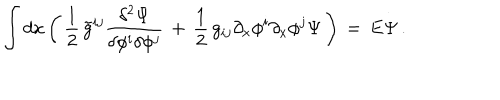
LaTeX: \int d x \left( \, { \frac { 1 } { 2 } } \, \tilde { g } ^ { i j } { \frac { \delta ^ { 2 } \Psi } { \delta \phi ^ { i } \delta \phi ^ { j } } } \, + \, { \frac { 1 } { 2 } } \, g _ { i j } \partial _ { x } \phi ^ { i } \partial _ { x } \phi ^ { j } \Psi \, \right) \, = \, E \Psi \, .